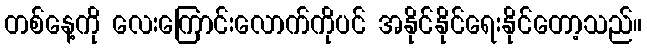
တစ်နေ့ကို လေးကြောင်းလောက်ကိုပင် အနိုင်နိုင်ရေးနိုင်တော့သည်။